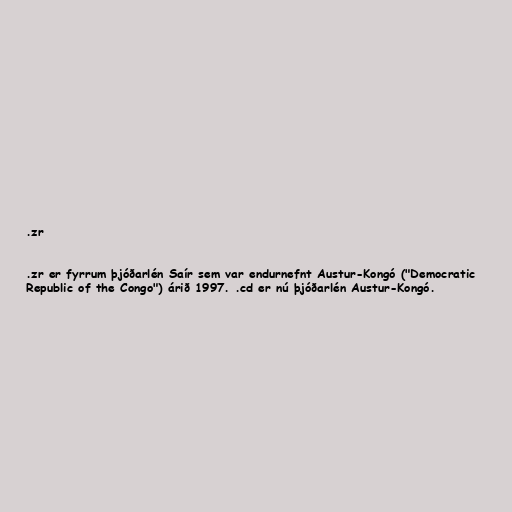
.zr

.zr er fyrrum þjóðarlén Saír sem var endurnefnt Austur-Kongó ("Democratic
Republic of the Congo") árið 1997. .cd er nú þjóðarlén Austur-Kongó.